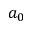
a _ { 0 }